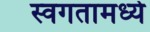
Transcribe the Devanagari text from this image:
स्वगतामध्ये